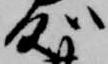
処